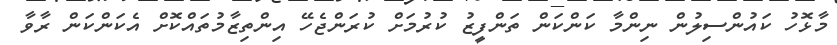
މާޅޮހު ކައުންސިލުން ނިންމާ ކަންކަން ތަންފީޒު ކުރުމަށް ކުރަންޖެހޭ އިންތިޒާމުތައްކޮށް އެކަންކަން ރާވާ